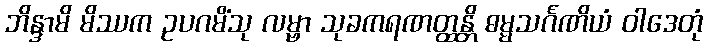
ဘိန္ဒာမိ မိဿက ဥပဂမိံသု လမ္ဗာ သုခကရဏတ္ထန္တိ ဓမ္မသင်္ဂဏိယံ ဝါဒေတုံ